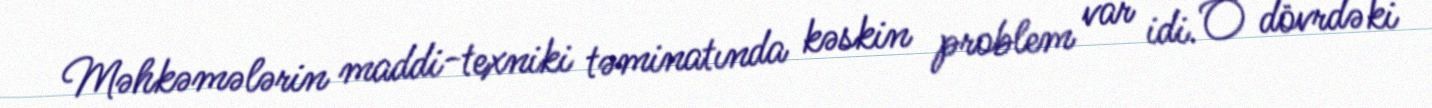
Məhkəmələrin maddi-texniki təminatında kəskin problem var idi. O dövrdəki